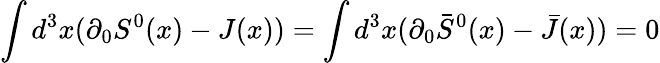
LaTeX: \int d^{3}x(\partial_{0}S^{0}(x)-J(x))=\int d^{3}x(\partial_{0}\bar{S}^{0}(x)-\bar{J}(x))=0